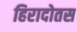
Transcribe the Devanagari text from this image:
हिरादोतस